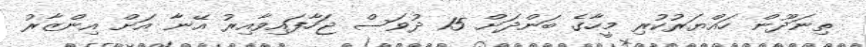
ތިނަދޫން ހައްޔަރުކުރި މީހާގެ ބަންދަށް 15 ދުވަސް ޖަހާފައިވާއިރު އޭނާ އަށް އިންޒާރު